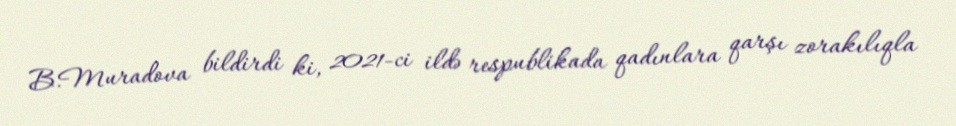
B.Muradova bildirdi ki, 2021-ci ildə respublikada qadınlara qarşı zorakılıqla